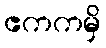
ဧကကမှိ